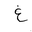
Letter: _gayn